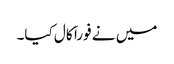
میں نے فوراَ َ کال کیا۔